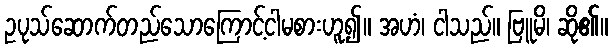
ဥပုသ်ဆောက်တည်သောကြောင့်ငါမစားဟူ၍။ အဟံ၊ ငါသည်။ ဗြူမိ၊ ဆို၏။